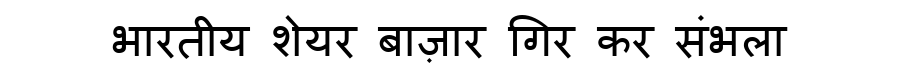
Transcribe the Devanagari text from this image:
भारतीय शेयर बाज़ार गिर कर संभला